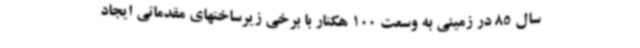
سال 85 در زمینی به وسعت 100 هکتار با برخی زیرساختهای مقدماتی ایجاد